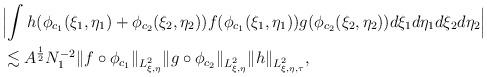
LaTeX: \begin{align*}& \Bigl| \int h (\phi_{c_1} (\xi_1, \eta_1) + \phi_{c_2} (\xi_2, \eta_2)) f (\phi_{c_1} (\xi_1, \eta_1) ) g (\phi_{c_2}(\xi_2, \eta_2)) d \xi_1d \eta_1 d\xi_2 d\eta_2 \Bigr| \\& \lesssim A^{\frac{1}{2}}N_1^{-2} \| f \circ \phi_{c_1}\|_{L_{\xi, \eta}^2} \|g \circ \phi_{c_2} \|_{L_{\xi, \eta}^2} \|h \|_{L_{\xi, \eta, \tau}^2}, \end{align*}